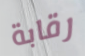
رقابة